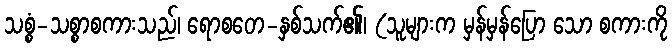
သစ္စံ-သစ္စာစကားသည်၊ ရောစတေ-နှစ်သက်၏၊ (သူများက မှန်မှန်ပြော သော စကားကို